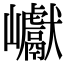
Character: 巘